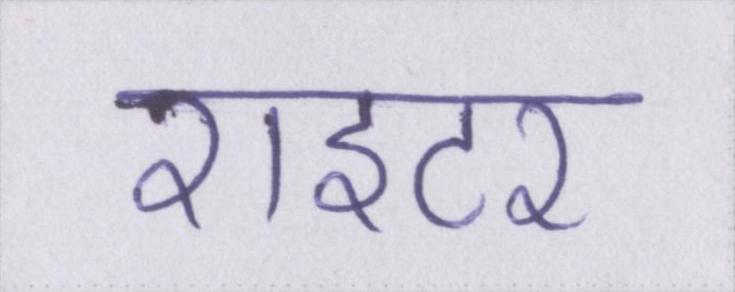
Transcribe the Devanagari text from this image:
राइटर